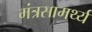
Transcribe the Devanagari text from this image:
मंत्रसामर्थ्य